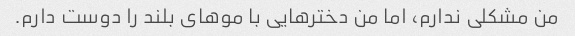
من مشکلی ندارم، اما من دخترهایی با موهای بلند را دوست دارم.